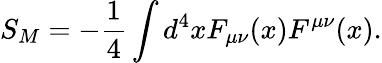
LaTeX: S_{M}=-\frac{1}{4}\int d^{4}xF_{\mu\nu}(x)F^{\mu\nu}(x).